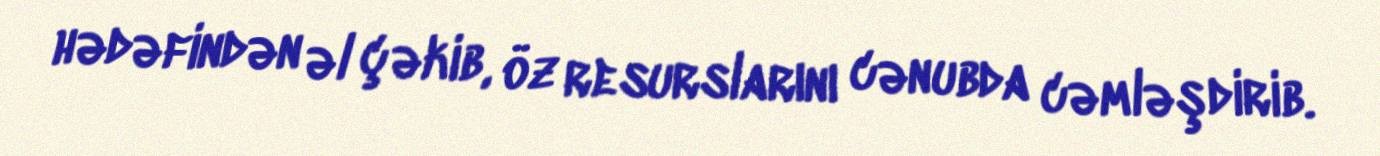
hədəfindən əl çəkib, öz resurslarını cənubda cəmləşdirib.